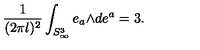
\frac { 1 } { ( 2 \pi l ) ^ { 2 } } \int _ { S _ { \infty } ^ { 3 } } e _ { a } { \mathrm { \tiny \wedge } } d e ^ { a } = 3 .